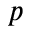
p